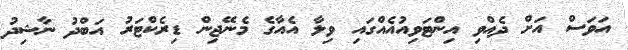
އަވަސް އަށް ދެއްވި އިންޓަވިއުއެއްގައި ވިލާ އެއާގެ މެނޭޖިން ޑިރެކްޓަރު އަބްދު ނާޝިދު